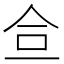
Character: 鿖